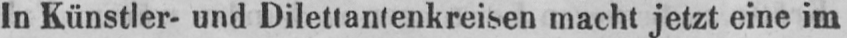
In Künstler- und Dilettantenkreisen macht jetzt eine im